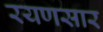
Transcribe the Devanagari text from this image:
रयणसार